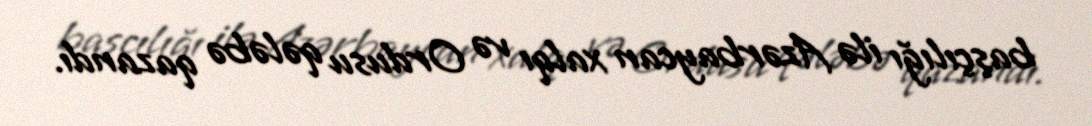
başçılığı ilə Azərbaycan xalqı və Ordusu qələbə qazandı.